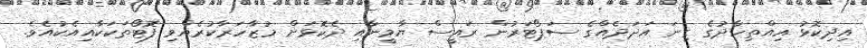
އިދިކޮޅު އިއްތިހާދުގެ ގިނަ އަދަދެއްގެ ސަޕޯޓަރުން ރައީސް ޔާމީނާއި ދެކޮޅަށް މުޒާހަރާކުރެއްވި ފޮޓޯތަކަކާއިއެކުއެވެ.